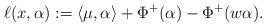
LaTeX: \begin{align*}\ell(x,\alpha) := \langle \mu,\alpha\rangle +\Phi^+(\alpha) - \Phi^+(w\alpha).\end{align*}